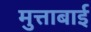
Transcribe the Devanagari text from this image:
मुत्ताबाई